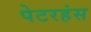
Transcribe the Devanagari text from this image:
पेटरहंस